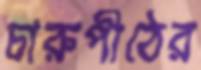
চারুপীঠের